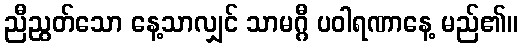
ညီညွတ်သော နေ့သာလျှင် သာမဂ္ဂီ ပဝါရဏာနေ့ မည်၏။